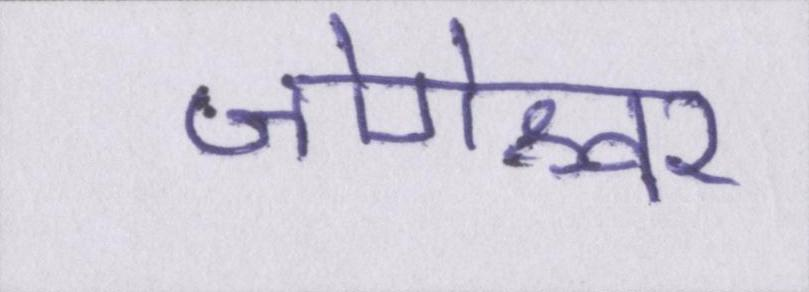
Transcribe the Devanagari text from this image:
जोगेश्वर